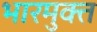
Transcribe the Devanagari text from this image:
भारमुक्त